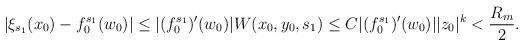
LaTeX: \begin{align*}|\xi_{s_1}(x_0)-f_0^{s_1}(w_0)|&\leq |(f_0^{s_1})'(w_0)|W(x_0,y_0,s_1)\le C|(f_0^{s_1})'(w_0)| |z_0|^k< \frac{R_m}{2}.\end{align*}